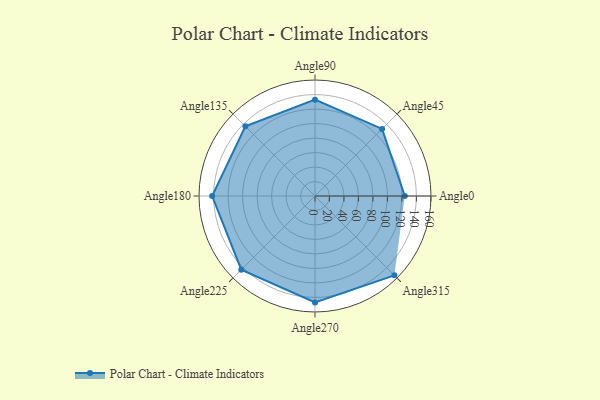
{"axis": {"x": "Angle", "y": "Radius"}, "legend": [""], "data": [{"x": "Angle0", "y": 124.0, "type": ""}, {"x": "Angle45", "y": 131.0, "type": ""}, {"x": "Angle90", "y": 133.0, "type": ""}, {"x": "Angle135", "y": 136.0, "type": ""}, {"x": "Angle180", "y": 142.0, "type": ""}, {"x": "Angle225", "y": 144.0, "type": ""}, {"x": "Angle270", "y": 147.0, "type": ""}, {"x": "Angle315", "y": 155.0, "type": ""}]}